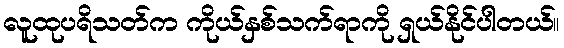
လူထုပရိသတ်က ကိုယ်နှစ်သက်ရာကို ရှယ်နိုင်ပါတယ်။